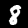
Digit: 8